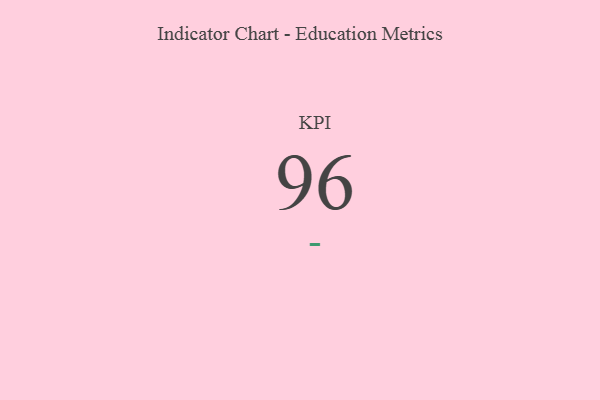
{"axis": {"x": "KPI", "y": "Value"}, "legend": [""], "data": [{"x": "KPI", "y": 96, "type": ""}]}